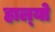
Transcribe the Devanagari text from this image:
हाल्‍यो